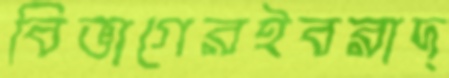
বিভাগেরইবরাদ্